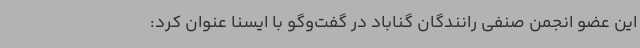
این عضو انجمن صنفی رانندگان گناباد در گفت‌وگو با ایسنا عنوان کرد: